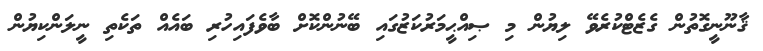
ޤާނޫނީގޮތުން ގެޒެޓްކުރެވޭ ލިޔުން މި ޞިއްޙީމަރުކަޒުގައި ބޭނުންކޮށް ބާވެފައިހުރި ބައެއް ތަކެތި ނީލަންކިޔުން